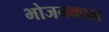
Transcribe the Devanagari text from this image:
भोजनकाल